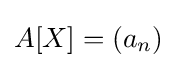
A[X]=(a_{n})